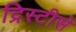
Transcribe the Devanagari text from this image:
द्रिस्टीसे